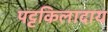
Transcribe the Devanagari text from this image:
पट्टकिलादाय